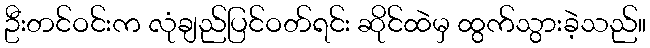
ဦးတင်ဝင်းက လုံချည်ပြင်ဝတ်ရင်း ဆိုင်ထဲမှ ထွက်သွားခဲ့သည်။